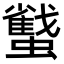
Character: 𧓷